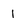
Character: 1